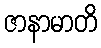
ဇာနာမာတိ